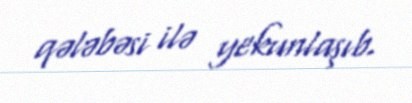
qələbəsi ilə yekunlaşıb.